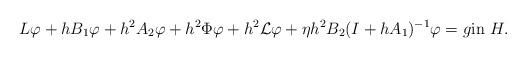
LaTeX: \begin{align*}L\varphi + hB_{1}\varphi + h^2 A_{2}\varphi + h^2 \Phi\varphi + h^2 {\cal L}\varphi + \eta h^2 B_2 (I + h A_1)^{-1}\varphi = g \mbox{in}\ H. \end{align*}